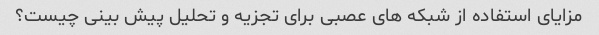
مزایای استفاده از شبکه های عصبی برای تجزیه و تحلیل پیش بینی چیست؟